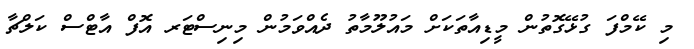
މި ކޭމްފަ ގުޅޭގޮތުން މީޑިއާތަކަށް މައުލޫމާތު ދެއްވަމުން މިިނިސްޓަރ އޮފް އާޓްސް ކަލްޗާ